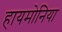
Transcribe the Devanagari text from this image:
हायमोनिया